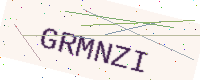
Text: GRMNZI